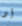
أد